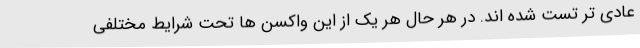
عادی تر تست شده اند. در هر حال هر یک از این واکسن ها تحت شرایط مختلفی